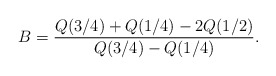
\begin{align*}B=\frac{Q(3/4)+Q(1/4)-2 Q(1/2)}{Q(3/4)-Q(1/4)}.\end{align*}